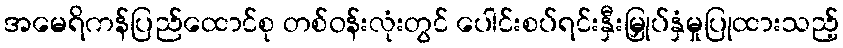
အမေရိကန်ပြည်ထောင်စု တစ်ဝန်းလုံးတွင် ပေါင်းစပ်ရင်းနှီးမြှုပ်နှံမှုပြုထားသည့်